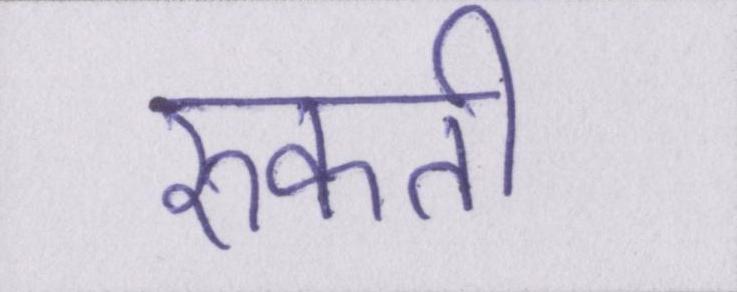
रुकती